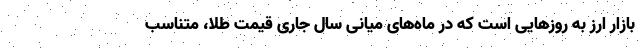
بازار ارز به روزهایی است که در ماه‌های میانی سال جاری قیمت طلا، متناسب